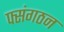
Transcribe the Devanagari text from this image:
फ्संगठन